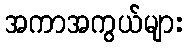
အကာအကွယ်များ